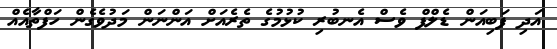
އަދި ފަބިއަން ޑެލްފް ވެސް އެނބުރި ކުޅުމުގެ ތެރެއަށް އަންނަން މަދުވެގެން ހަފްތާއެއް